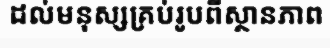
ដល់មនុស្សគ្រប់រូបពីស្ថានភាព